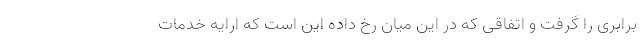
برابری را گرفت و اتفاقی که در این میان رخ داده این است که ارایه خدمات